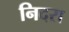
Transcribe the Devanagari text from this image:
निदरा